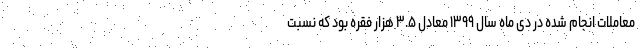
معاملات انجام شده در دی ماه سال ۱۳۹۹ معادل ۳.۵ هزار فقره بود که نسبت